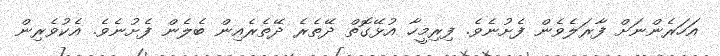
އަހަރެންނަށް ފާރަލެވެން ފެށުނެވެ. ފިރިމީހާ އުޅޭގޮތް ދޭތެރެ ދޭތެރެއިން ބެލެން ފެށުނެވެ. އެކުވެރިން